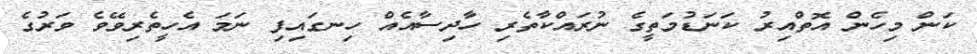
ކަން މިހެން އޮތްއިރު ކަނަޑުމަތީގެ ނުރައްކާތެރި ހާދިސާއެއް ހިނގައިފި ނަމަ އެހީތެރިވޭވެ ވަރުގެ